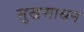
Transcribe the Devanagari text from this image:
सुखसाधन